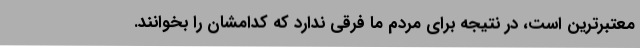
معتبرترین است، در نتیجه برای مردم ما فرقی ندارد که کدامشان را بخوانند.